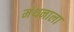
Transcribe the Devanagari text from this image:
मंथनाला